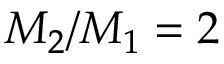
M _ { 2 } / M _ { 1 } = 2